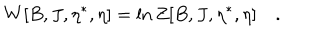
LaTeX: W [ B , J , \eta ^ { \ast } , \eta ] = \ln Z [ B , J , \eta ^ { \ast } , \eta ] \quad .